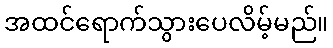
အထင်ရောက်သွားပေလိမ့်မည်။